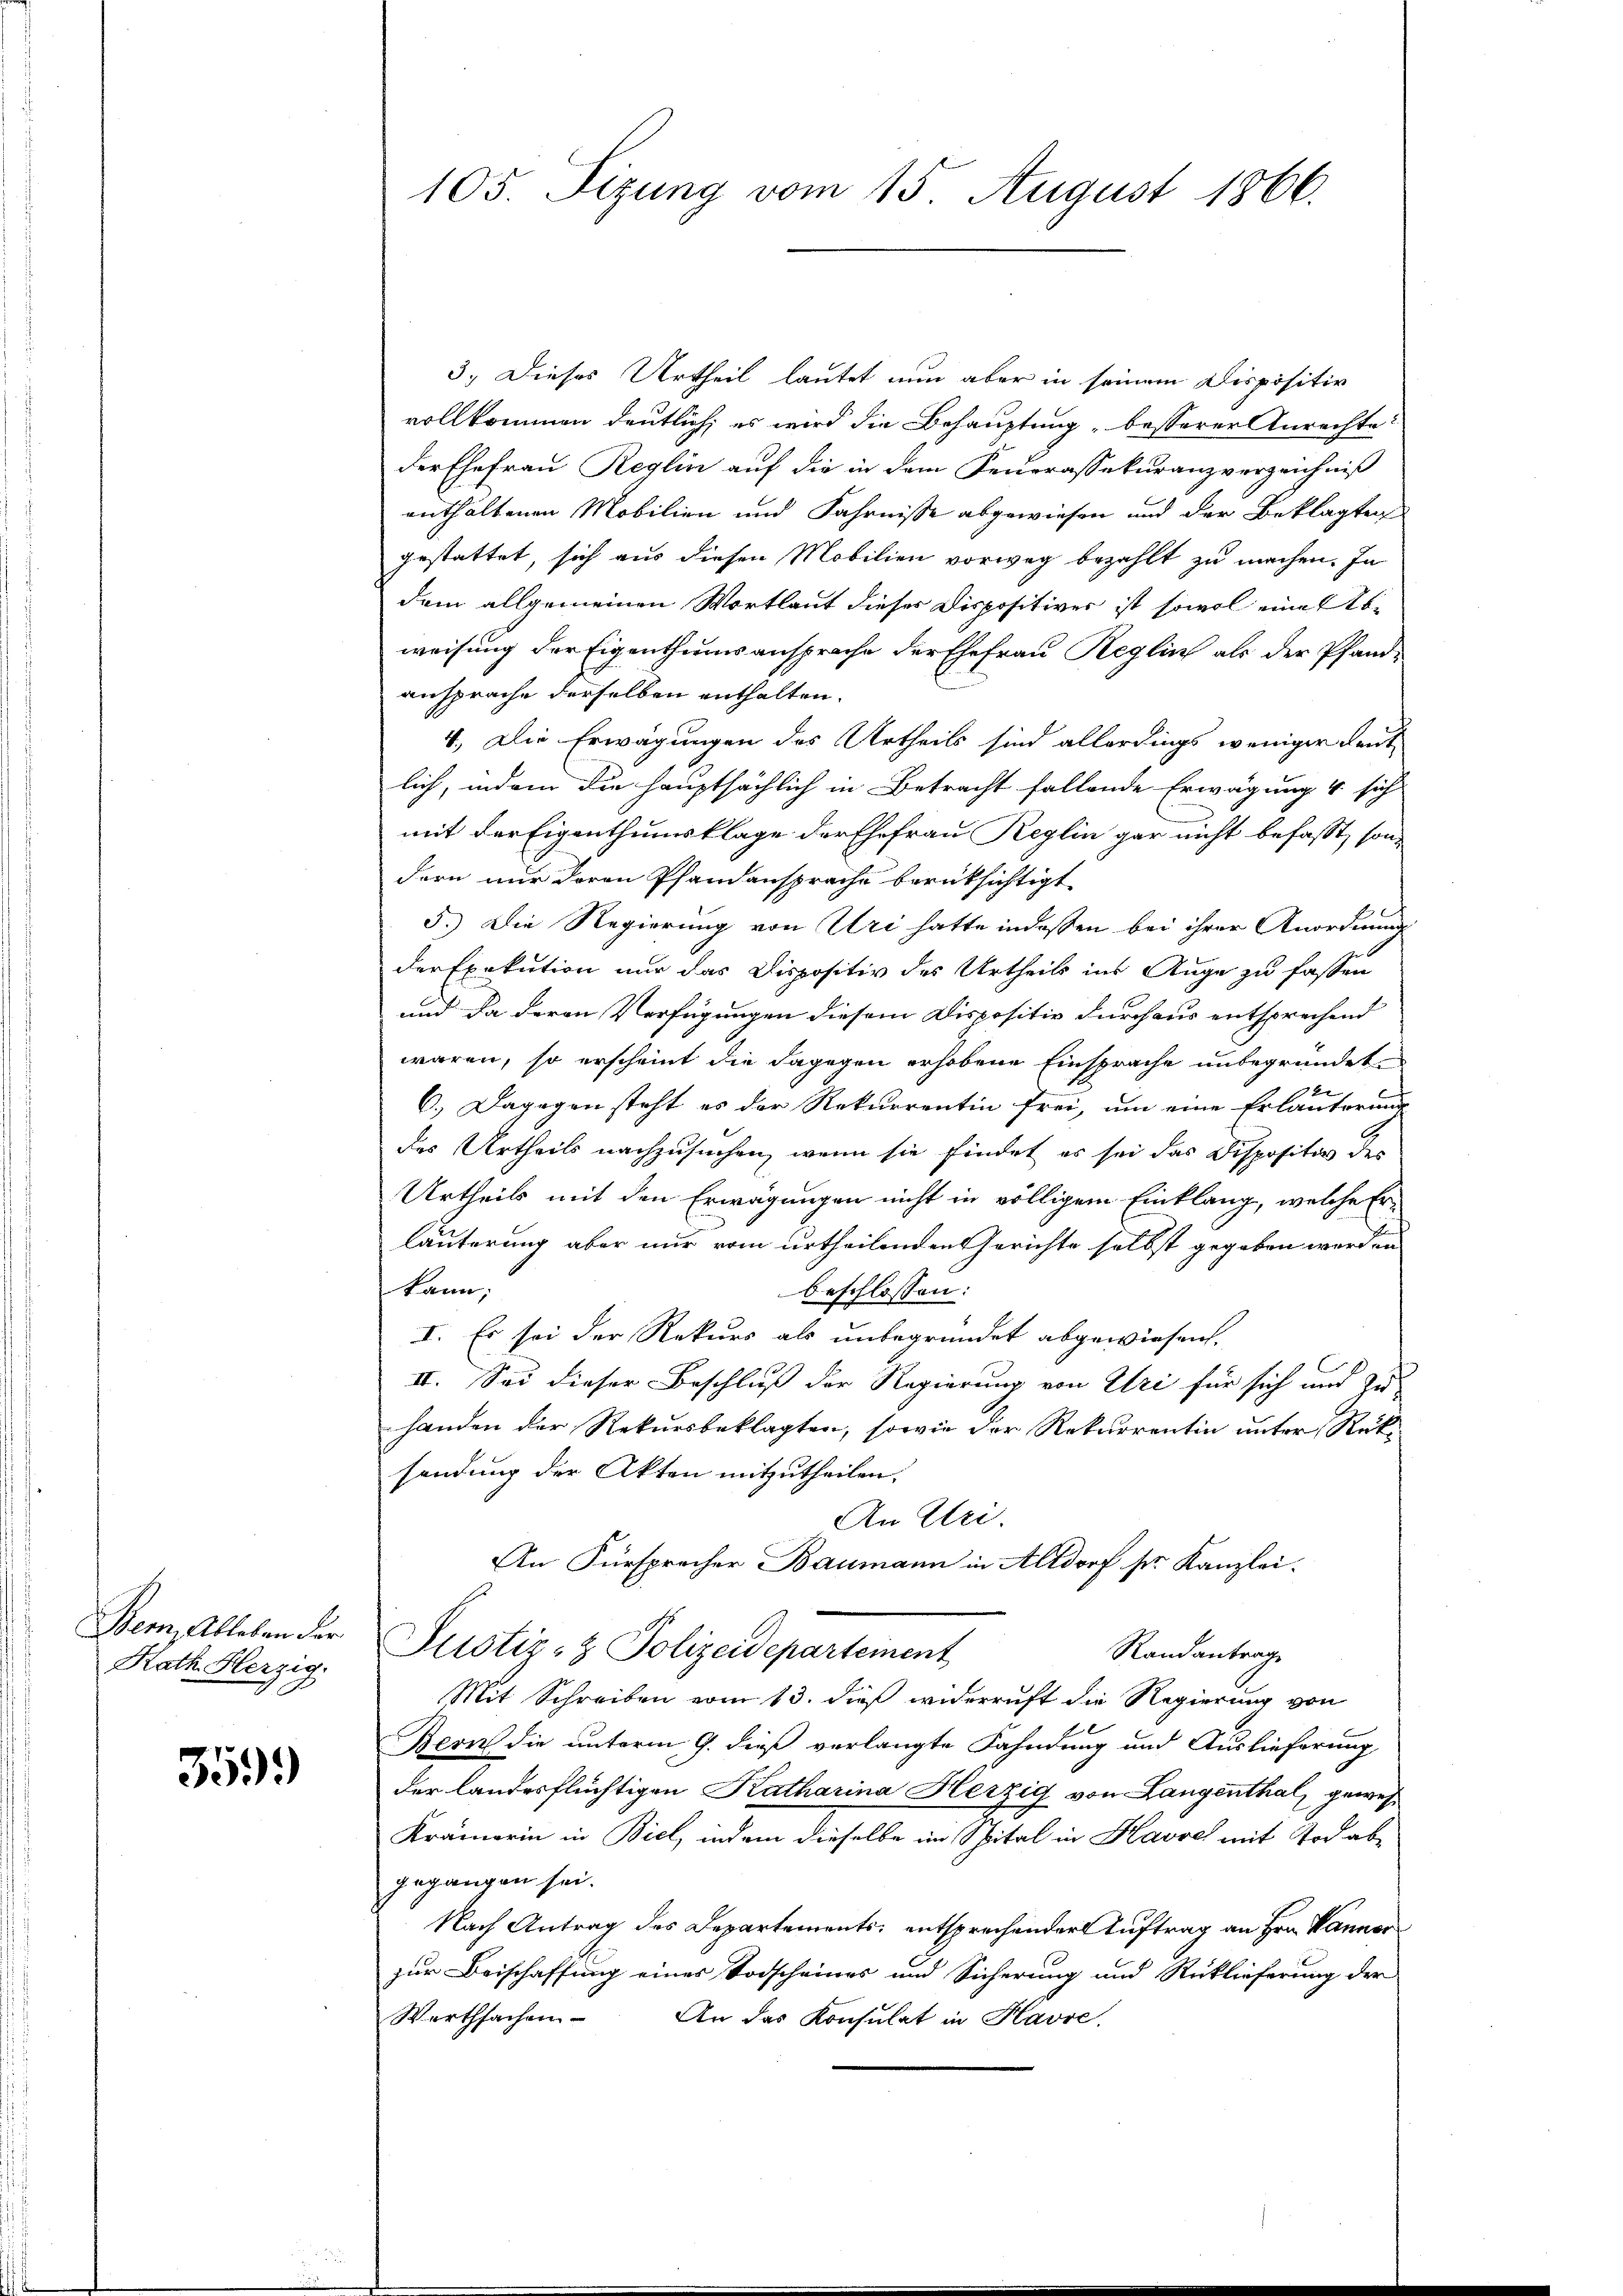
Bern Ableben der
Rath Herzig.

359)

3. Dieses Urtheil lautet nun aber in seinem Dispositiv
vollkommen deutlich; es wird die Behauptung besserer Anrechte:
der Ehefrau Reglin auf die in dem Feuerassekuranzverzeichniß
enthaltenen Mobilien und Fahrnisse abgewiesen und der Beklagten
gestattet, sich aus diesen Mobilien vorweg bezahlt zu machen. In
dem allgemeinen Wortlaut dieser Dispositives ist sowol eine Abweisung der Eigenthumsansprache der Ehefrau Reglin als der Pfandansprache derselben enthalten.
4.) Die Erwägungen des Urtheils sind allerdings weniger Leut-
lich, indem die hauptsächlich in Betracht fallende Erwägung 4 sich
mit der Eigenthumsklage der Ehefrau Reglin gar nicht befasst, son-
dern nur deren Pfandansprache berücksichtigt
5.) Die Regierung von Uri hatte indessen bei ihrer Anordnung
der Exekution nur das Dispositiv des Urtheils ins Auge zu fassen
und da deren Verfügungen diesem Dispositiv durchaus entsprechend
waren, so erscheint die dagegen erhobene Einsprache unbegründet.
6.) Dagegen steht es der Rekurrentin frei, um eine Erläuterung
des Urtheils nachzusuchen, wenn sie findet es sei das Dispositor des
Urtheils mit den Erwägungen nicht in völligem Einklang, welche Erläuterung aber nur vom urtheilenden Gerichte selbst gegeben werden
kann;
beschlossen:
I. Es sei der Rekurs als unbegründet abgewiesen.
II. Sei dieser Beschluß der Regierung von Uri für sich und zu
handen der Rekursbeklagten, sowie der Rekurrentin unter Rücksendung der Akten mitzutheilen,
An Uri.
An Fürsprecher Baumann in Altdorf sr. Kanzlei.
Justiz- & Polizeidepartement
Randantrag
Mit Schreiben vom 13. dieß widerruft die Regierung von
Bern die unterm 9. dieß verlangte Fahndung und Auslieferung
der landesflüchtigen Katharina Herzig von Langenthal, gewes
Krämerin in Biel, indem dieselbe im Spital in Havoch mit Tod abgegangen sei.
Nach Antrag des Departements, entsprechender Auftrag an Hrn. Wanner
zur Beischaffung eines Todscheines und Sicherung und Rücklieferung der
Werthsachen. An das Konsulat in Havre,

105. Sizung vom 15. August 1866.